Civil Veterinary Department Bihar & Orissa reports 1929-36 - 1929-1936
Year: 1929
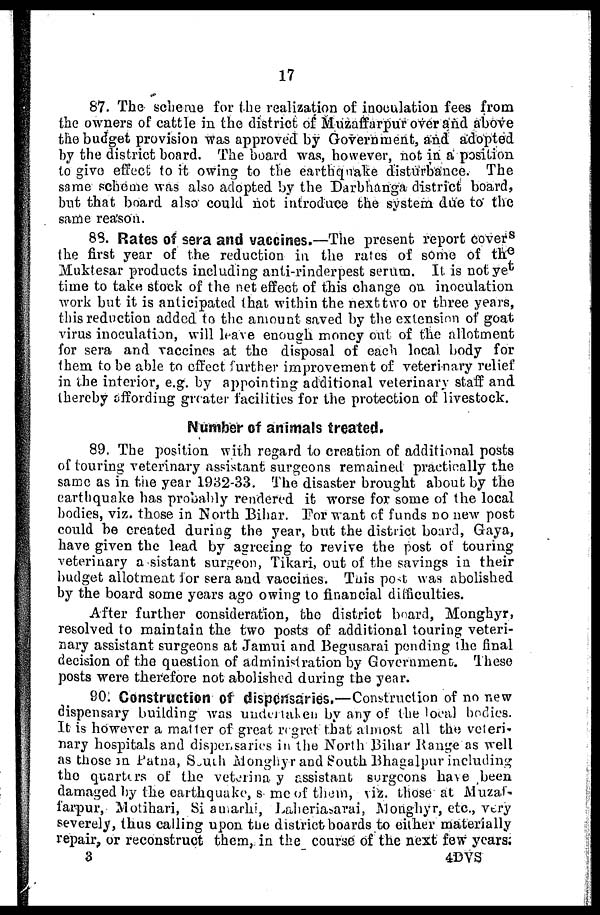
17
87. The scheme for the realization of inoculation fees from
the owners of cattle in the district of Muzaffarpur over and above
the budget provision was approved by Government, and adopted
by the district board. The board was, however, not in a position
to give effect to it owing to the earthquake disturbance. The
same scheme was also adopted by the Darbhanga district board,
but that board also could not introduce the system due to the
same reason.
88. Rates of sera and vaccines.—The present report covers
the first year of the reduction in the rates of some of the
Muktesar products including anti-rinderpest serum. It is not yet
time to take stock of the net effect of this change on inoculation
work but it is anticipated that within the next two or three years,
this reduction added to the amount saved by the extension of goat
virus inoculation, will leave enough money out of the allotment
for sera and vaccines at the disposal of each local body for
them to be able to effect further improvement of veterinary relief
in the interior, e.g. by appointing additional veterinary staff and
thereby offording greater facilities for the protection of livestock.
Number of animals treated,
89. The position with regard to creation of additional posts
of touring veterinary assistant surgeons remained practically the
same as in the year 1932-33. The disaster brought about by the
earthquake has probably rendered it worse for some of the local
bodies, viz. those in North Bihar. For want of funds no new po6t
could be created during the year, but the district board, Gaya,
have given the lead by agreeing to revive the post of touring
veterinary assistant surgeon, Tikari, out of the savings in their
budget allotment for sera and vaccines. This post was abolished
by the board some years ago owing to financial difficulties.
After further consideration, the district board, Monghyr,
resolved to maintain the two posts of additional touring veteri-
-ary assistant surgeons at Jamui and Begusarai pending the final
decision of the question of administration by Government. These
posts were therefore not abolished during the year.
90: Construction of dispensaries.—Construction of no new
dispensary building was undertaken by any of the local bodies.
It is however a matter of great regret that almost all the veteri-
nary hospitals and dispensaries in the North Bihar Range as well
as those in Patna, South Monghyr and South Bhagalpur including
the quarters of the veterinary assistant surgeons have been
damaged by the earthquake, some of them, viz. those at Muzaf-
farpur, Motihari, Siamarhi, Laheriasarai, Monghyr, etc., very
severely, thus calling upon the district boards to either materially
repair, or reconstruct them, in the course of the next few years.
3
4DVS